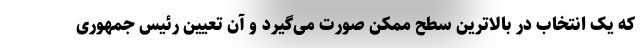
که یک انتخاب در بالاترین سطح ممکن صورت می‌گیرد و آن تعیین رئیس جمهوری